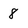
Character: 8